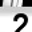
Digit: 2